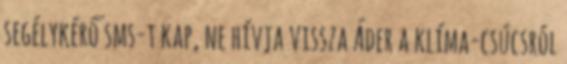
segélykérő sms-t kap, ne hívja vissza Áder a klíma-csúcsról